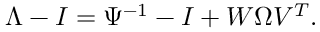
\begin{array} { r } { \Lambda - I = \Psi ^ { - 1 } - I + W \Omega V ^ { T } . } \end{array}